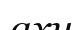
ахи